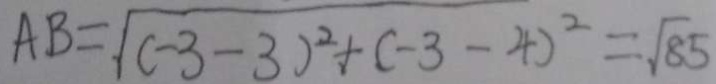
A B = \sqrt { ( - 3 - 3 ) ^ { 2 } + ( - 3 - 4 ) ^ { 2 } } = \sqrt { 8 5 }